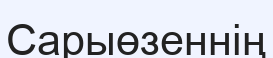
Сарыөзеннің